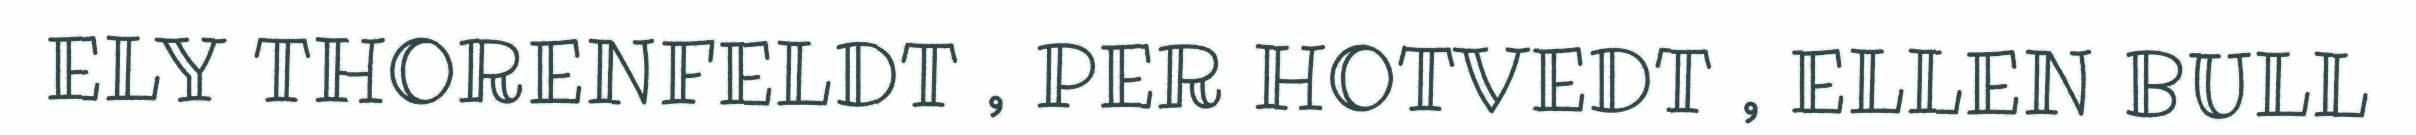
ELY THORENFELDT , PER HOTVEDT , ELLEN BULL